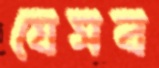
যেসব